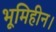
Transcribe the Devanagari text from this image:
भूमिहीन।